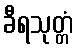
ခီရသုတ္တံ